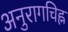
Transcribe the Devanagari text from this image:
अनुरागचिह्न